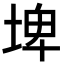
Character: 埤